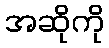
အဆိုကို